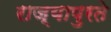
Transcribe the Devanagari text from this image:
राज्यापुरते